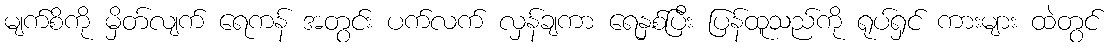
မျက်စိကို မှိတ်လျက် ရေကန် အတွင်း ပက်လက် လှန်ချကာ ရေနှစ်ပြီး ပြန်ထူသည်ကို ရုပ်ရှင် ကားများ ထဲတွင်